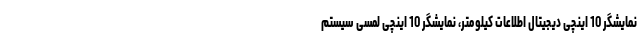
نمایشگر 10 اینچی دیجیتال اطلاعات کیلومتر، نمایشگر 10 اینچی لمسی سیستم